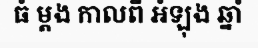
ធំ ម្តង កាលពី អំឡុង ឆ្នាំ